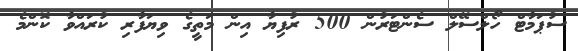
ސުޕަމާޓް ހޯލްސޭލް ސެންޓަރުން 500 ރުފިޔާ އިން މަތީގެ ވިޔަފާރި ކުރައްވާ ކޮންމެ